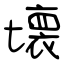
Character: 壊